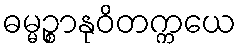
ဓမ္မဉ္စာနုဝိတက္ကယေ